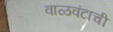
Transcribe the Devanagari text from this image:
वाळवंटाची